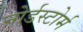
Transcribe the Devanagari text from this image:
नोर्डस्टोर्म